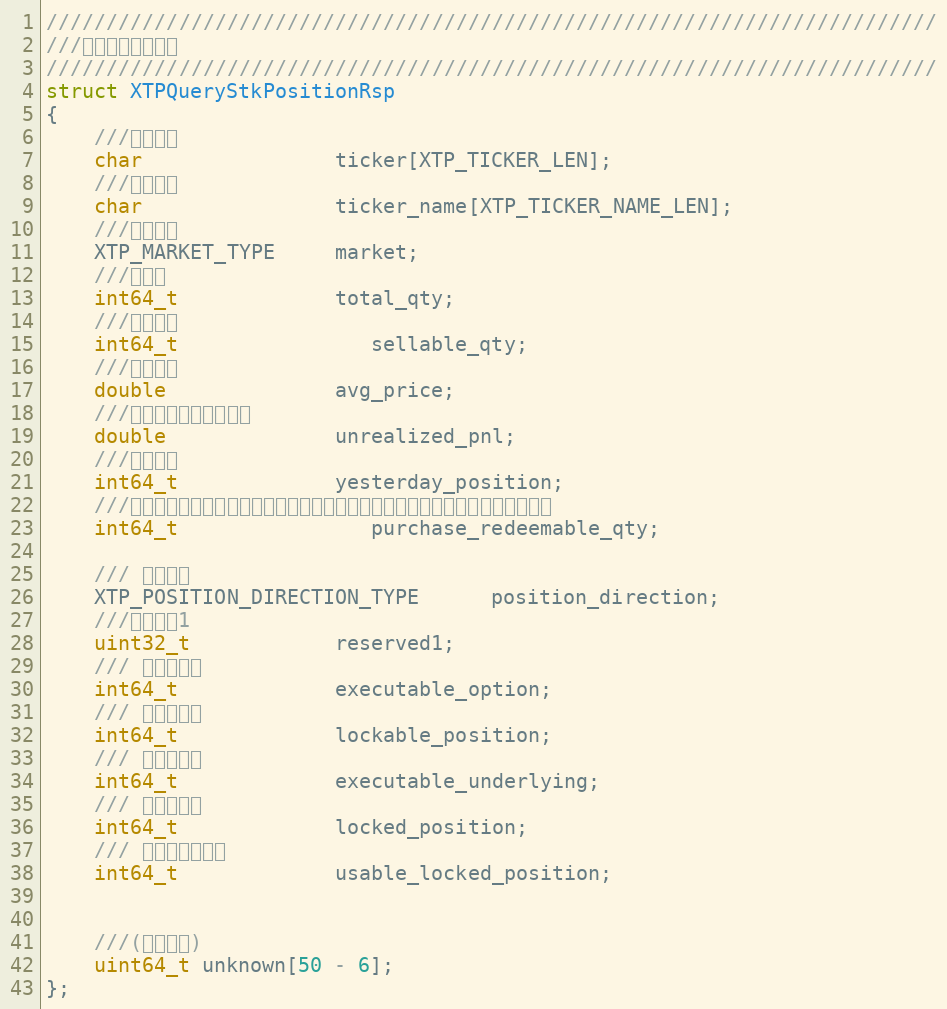
Language: C
//////////////////////////////////////////////////////////////////////////
///查询股票持仓情况
//////////////////////////////////////////////////////////////////////////
struct XTPQueryStkPositionRsp
{
    ///证券代码
    char                ticker[XTP_TICKER_LEN];
    ///证券名称
    char                ticker_name[XTP_TICKER_NAME_LEN];
    ///交易市场
    XTP_MARKET_TYPE     market;
    ///总持仓
    int64_t             total_qty;
    ///可卖持仓
    int64_t				sellable_qty;
    ///持仓成本
    double              avg_price;
    ///浮动盈亏（保留字段）
    double              unrealized_pnl;
    ///昨日持仓
    int64_t             yesterday_position;
    ///今日申购赎回数量（申购和赎回数量不可能同时存在，因此可以共用一个字段）
    int64_t				purchase_redeemable_qty;

    /// 持仓方向
	XTP_POSITION_DIRECTION_TYPE      position_direction;
	///保留字段1
	uint32_t			reserved1;
    /// 可行权合约
    int64_t             executable_option;
    /// 可锁定标的
    int64_t             lockable_position;
    /// 可行权标的
    int64_t             executable_underlying;
    /// 已锁定标的
    int64_t             locked_position;
    /// 可用已锁定标的
    int64_t             usable_locked_position;

    ///(保留字段)
    uint64_t unknown[50 - 6];
};